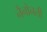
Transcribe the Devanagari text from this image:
नैनोनली